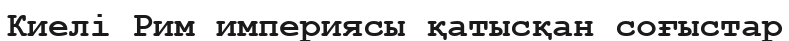
Киелі Рим империясы қатысқан соғыстар